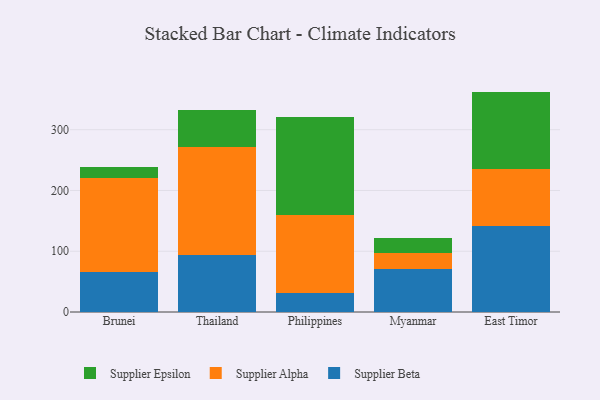
{"axis": {"x": "Country", "y": "Budget (USD K)"}, "legend": ["Supplier Alpha", "Supplier Beta", "Supplier Epsilon"], "data": [{"x": "Brunei", "y": 65.5, "type": "Supplier Beta"}, {"x": "Brunei", "y": 154.9, "type": "Supplier Alpha"}, {"x": "Brunei", "y": 17.9, "type": "Supplier Epsilon"}, {"x": "Thailand", "y": 94.1, "type": "Supplier Beta"}, {"x": "Thailand", "y": 178.1, "type": "Supplier Alpha"}, {"x": "Thailand", "y": 60.9, "type": "Supplier Epsilon"}, {"x": "Philippines", "y": 31.9, "type": "Supplier Beta"}, {"x": "Philippines", "y": 127.6, "type": "Supplier Alpha"}, {"x": "Philippines", "y": 161.2, "type": "Supplier Epsilon"}, {"x": "Myanmar", "y": 70.5, "type": "Supplier Beta"}, {"x": "Myanmar", "y": 26.2, "type": "Supplier Alpha"}, {"x": "Myanmar", "y": 24.6, "type": "Supplier Epsilon"}, {"x": "East Timor", "y": 141.7, "type": "Supplier Beta"}, {"x": "East Timor", "y": 94.3, "type": "Supplier Alpha"}, {"x": "East Timor", "y": 126.7, "type": "Supplier Epsilon"}]}